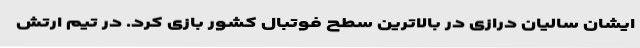
ایشان سالیان درازی در بالاترین سطح فوتبال کشور بازی کرد. در تیم ارتش